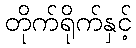
တိုက်ရိုက်နှင့်